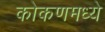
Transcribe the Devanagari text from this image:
कोकणमध्ये